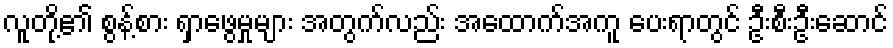
လူတို့၏ စွန့်စား ရှာဖွေမှုများ အတွက်လည်း အထောက်အကူ ပေးရာတွင် ဦးစီးဦးဆောင်